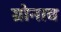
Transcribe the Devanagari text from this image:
ग्रोनाव